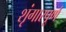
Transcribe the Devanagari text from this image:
शृंगारपूर्ण